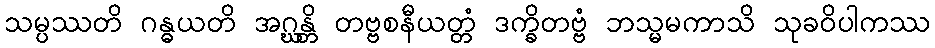
သမ္ပဿတိ ဂန္ဓယတိ အဂ္ဃန္တိ တဗ္ဗစနီယတ္တံ ဒက္ခိတဗ္ဗံ ဘသ္မမကာသိ သုခဝိပါကဿ